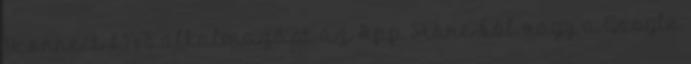
Uconnect LIVE alkalmazást az App Store-ból vagy a Google